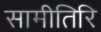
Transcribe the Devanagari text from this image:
सामीतिरि